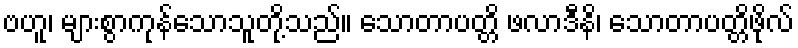
ဗဟူ၊ များစွာကုန်သောသူတို့သည်။ သောတာပတ္တိ ဖလာဒီနိ၊ သောတာပတ္တိဖိုလ်